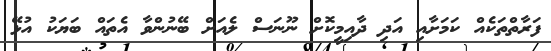
ފަރާތްތަކެއް ކަމަށާއި އަދި ދާއިމީކޮށް ނޫނަސް ލެއަށް ބޭނުންވާ އެތައް ބަޔަކު އުޅޭ